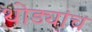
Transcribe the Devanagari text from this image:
थोड्यांच